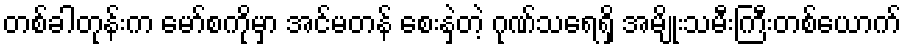
တစ်ခါတုန်းက မော်စကိုမှာ အင်မတန် စေးနှဲတဲ့ ဂုဏ်သရေရှိ အမျိုးသမီးကြီးတစ်ယောက်